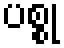
ပစ္စု